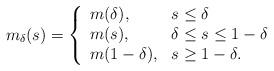
LaTeX: \begin{align*}m_\delta(s) = \left\{\begin{array}{ll}m(\delta), & s\leq \delta\\m(s), & \delta \leq s \leq 1-\delta \\m(1-\delta), & s \geq 1- \delta.\end{array}\right.\end{align*}